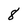
Character: 8